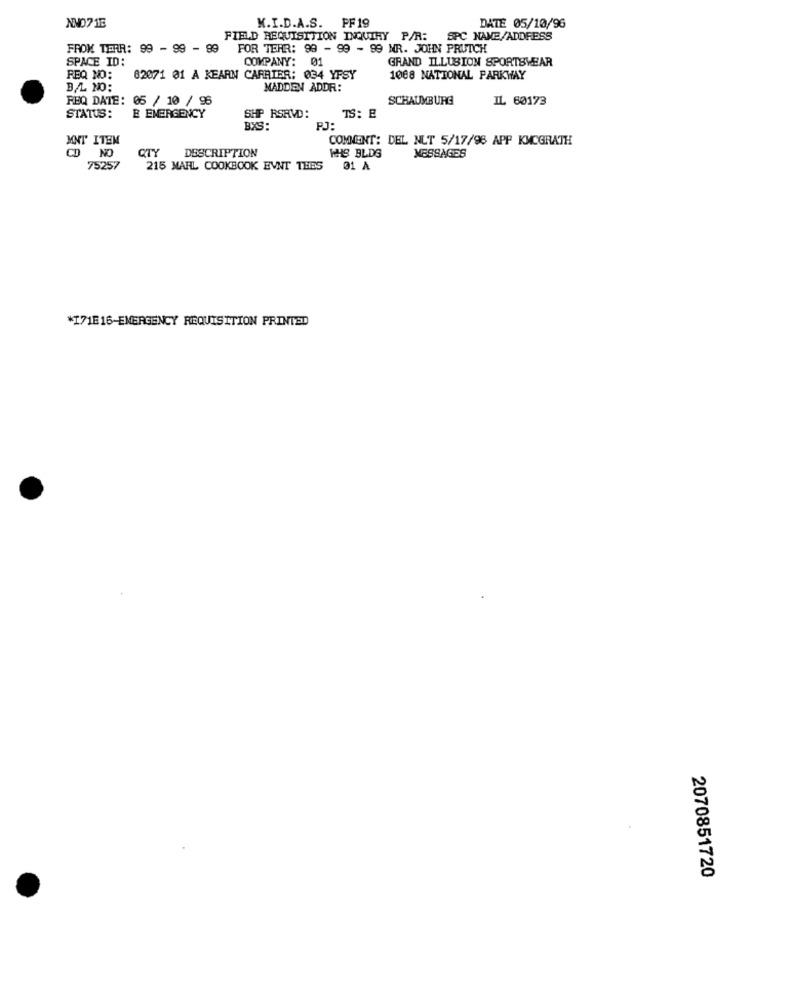
K.I.D.A.S.
DATE 05/10/96
NNO716
PF 19
FIELD REQUISITION INQUIRY P/A:
SPC NAME/ADDRESS
FROM TERR: 99 - 99 - 99
FOR TEAR: 99 - 99 - 99 NR. JOHN PRUTCH
SPACE ID:
COMPANY: 01
GRAND ILLUSION SPORTSWEAR
REQ NO:
82071 01 Å KEARN CARRIER: 034 YPSY
1008 NATIONAL PARKWAY
B.L. NO:
MADDEN ADDR:
REQ DATE: 05 / 10 / 96
SCHAUMBURG
IL 60173
TS: E
STATUS:
E EMERGENCY
SHP RSRVD:
BXS:
PJ:
MNT ITEM
COMMENT: DEL NLT 5/17/98 APP KMCGRATH
QTY
CD NO
DESCRIPTION
₩HIS BLDG
MESSAGES
75257
215 MARL COOKBOOK EVNT THES
01 A
*171E16-EMERGENCY REQUISITION PRINTED
2070851720